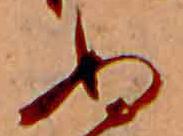
ぬ